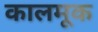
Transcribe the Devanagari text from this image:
कालमूक